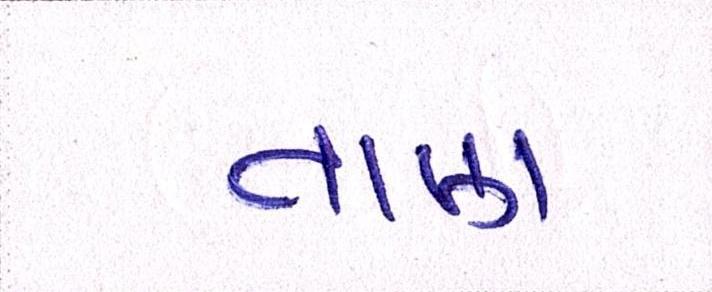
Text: તાણ